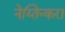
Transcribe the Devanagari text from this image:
नेय्तिन्करा